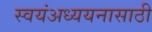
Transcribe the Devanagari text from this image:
स्वयंअध्ययनासाठी